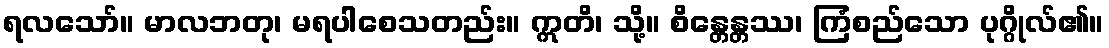
ရလသော်။ မာလဘတု၊ မရပါစေသတည်း။ ဣတိ၊ သို့။ စိန္တေန္တဿ၊ ကြံစည်သော ပုဂ္ဂိုလ်၏။